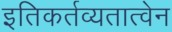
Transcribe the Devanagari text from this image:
इतिकर्तव्यतात्वेन